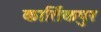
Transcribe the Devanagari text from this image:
कार्तिकपुर